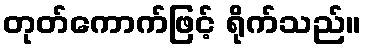
တုတ်ကောက်ဖြင့် ရိုက်သည်။